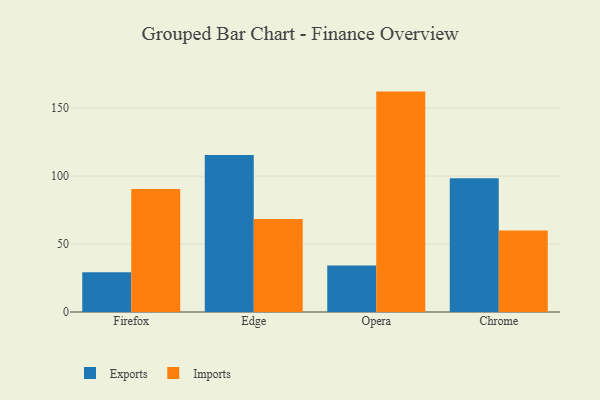
{"axis": {"x": "Browser", "y": "Latency (ms)"}, "legend": ["Exports", "Imports"], "data": [{"x": "Firefox", "y": 29.2, "type": "Exports"}, {"x": "Firefox", "y": 90.6, "type": "Imports"}, {"x": "Edge", "y": 115.5, "type": "Exports"}, {"x": "Edge", "y": 68.4, "type": "Imports"}, {"x": "Opera", "y": 34.2, "type": "Exports"}, {"x": "Opera", "y": 162.2, "type": "Imports"}, {"x": "Chrome", "y": 98.5, "type": "Exports"}, {"x": "Chrome", "y": 60.0, "type": "Imports"}]}